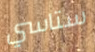
ستاسي